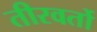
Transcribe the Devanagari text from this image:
तीरवर्तो